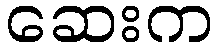
ဆေးက